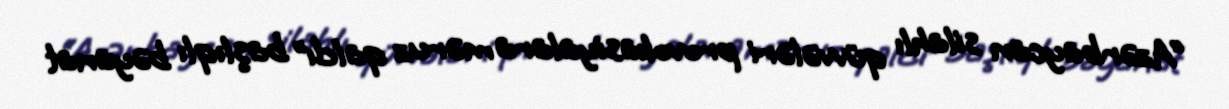
“Azərbaycan silahlı qüvvələri provokasiyalara məruz qaldı” başlıqlı bəyanat